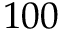
1 0 0